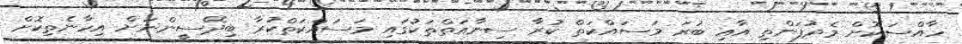
ހާއްސަކޮށް މެދުފަންތި އާއި ބުރަ މަސައްކަތް ކުރާ ސިނާއަތްތަކުގައި މަސައްކަތްކުރާ ބިދޭސީންނަށް އިހާނެތިކޮށް